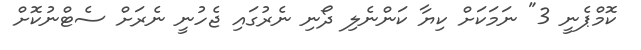
ކޮމްޕެނީ 3" ނަމަކަށް ކިޔާ ކަންނެލި ދޯނި ނެރުގައި ޖެހުނީ ނެރަށް ސެޓްނުކޮށް